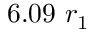
6 . 0 9 ~ r _ { 1 }